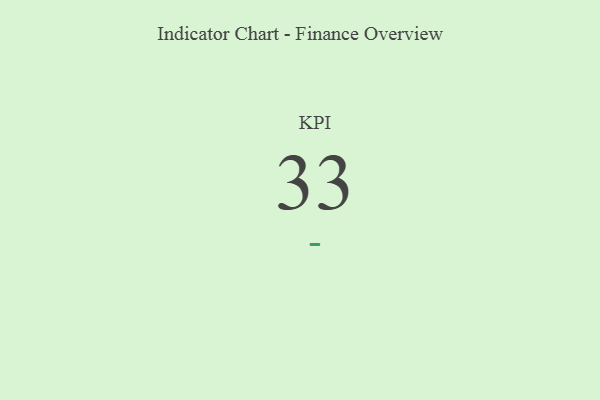
{"axis": {"x": "KPI", "y": "Value"}, "legend": [""], "data": [{"x": "KPI", "y": 33, "type": ""}]}